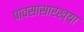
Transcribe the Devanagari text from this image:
पावसासारख्या